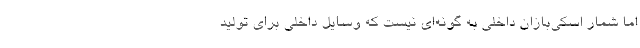
اما شمار اسکی‌بازان داخلی به گونه‌ای نیست که وسایل داخلی برای تولید